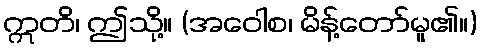
ဣတိ၊ ဤသို့။ (အဝေါစ၊ မိန့်တော်မူ၏။)